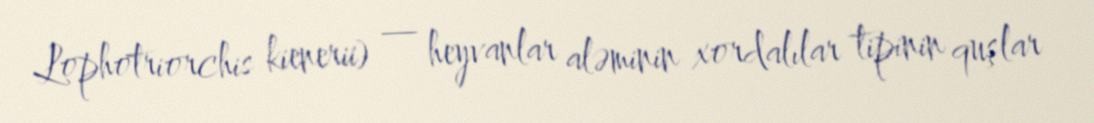
Lophotriorchis kienerii) — heyvanlar aləminin xordalılar tipinin quşlar